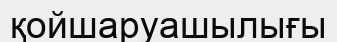
қойшаруашылығы